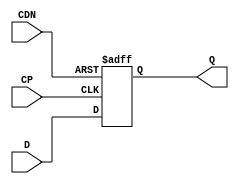
// ================================================================
// NVDLA Open Source Project
// 
// Copyright(c) 2016 - 2017 NVIDIA Corporation.  Licensed under the
// NVDLA Open Hardware License; Check "LICENSE" which comes with 
// this distribution for more information.
// ================================================================


module  PGAOPV_DFCNQD2PO4 (
	 D
	,CP
	,CDN
	,Q
	);

	//---------------------------------------
	//IO DECLARATIONS

input	 D ;
input	 CP ;
input	 CDN ;
output	 Q ;

reg Q;

always @(posedge CP or negedge CDN)
begin
    if(~CDN)
        Q <= 1'b0;
    else
        Q <= D;
end

endmodule